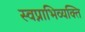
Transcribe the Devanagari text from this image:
स्वप्नाभिव्यक्ति